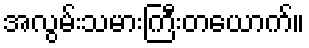
အလွမ်းသမားကြီးတယောက်။